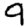
Digit: 9